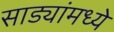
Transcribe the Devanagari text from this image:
साड्यांमध्ये